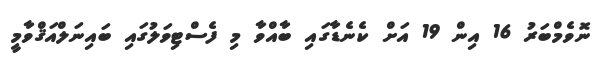
ނޮވެމްބަރު 16 އިން 19 އަށް ކެނެޑާގައި ބާއްވާ މި ފެސްޓިވަލުގައި ބައިނަލްއަޤްވާމީ